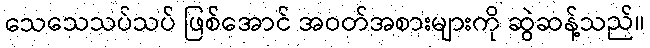
သေသေသပ်သပ် ဖြစ်အောင် အဝတ်အစားများကို ဆွဲဆန့်သည်။